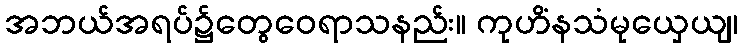
အဘယ်အရပ်၌တွေဝေရာသနည်း။ ကုဟိံနသံမုယှေယျ၊